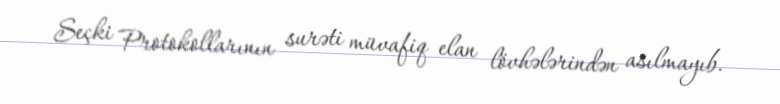
Seçki Protokollarının surəti müvafiq elan lövhələrindən asılmayıb.